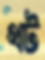
থট